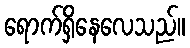
ရောက်ရှိနေလေသည်။